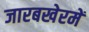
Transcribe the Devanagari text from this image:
जारबखेरमें